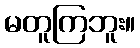
မတူကြဘူး။